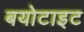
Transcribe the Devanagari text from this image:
बयोटाइट